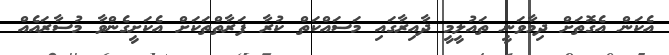
އެކަން އެގޮތަށް ދިމާވަނީ ތައުލީމީ ދާއިރާގައި މަސައްކަތް ކުރާ ފަރާތްތަކަށް އެކަށީގެންވާ މުސާރައެއް